Annual administration and progress report of the Indian Medical Department, Bombay
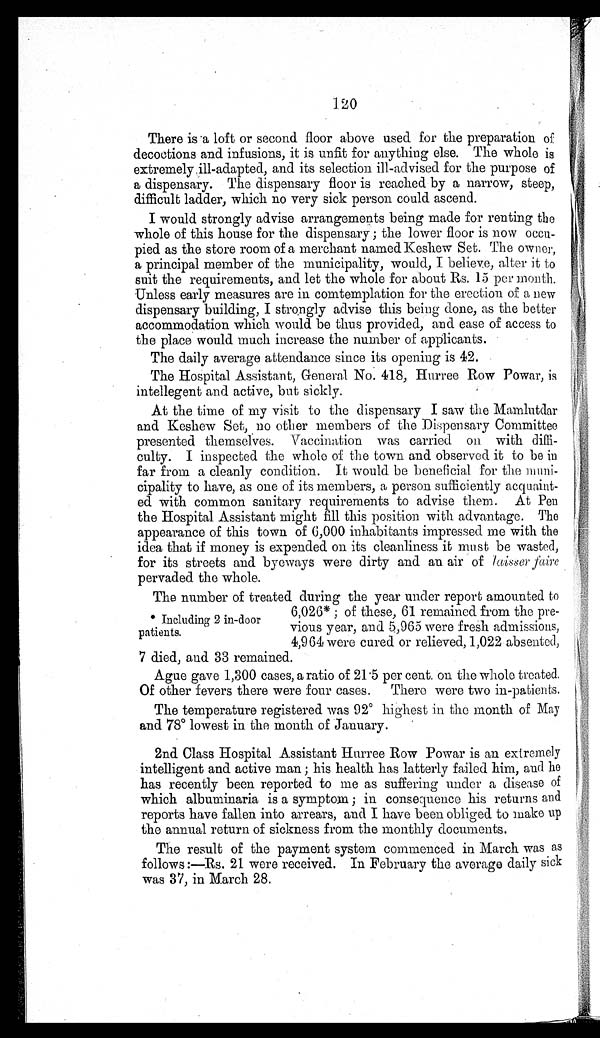
120
There is a loft or second floor above used for the preparation of
decoctions and infusions, it is unfit for anything else. The whole is
extremely ill-adapted, and its selection ill-advised for the purpose of
a dispensary. The dispensary floor is reached by a narrow, steep,
difficult ladder, which no very sick person could ascend.
I would strongly advise arrangements being made for renting the
whole of this house for the dispensary ; the lower floor is now occu-
pied as the store room of a merchant named Keshew Set. The owner,
a principal member of the municipality, would, I believe, alter it to
suit the requirements, and let the whole for about Rs. 15 per month.
Unless early measures are in contemplation for the erection of a new
dispensary building, I strongly advise this being done, as the better
accommodation which would be thus provided, and ease of access to
the place would much increase the number of applicants.
The daily average attendance since its opening is 42.
The Hospital Assistant, General No. 418, Hurree Row Powar, is
intellegent and active, but sickly.
At the time of my visit to the dispensary I saw the Mamlutdar
and Keshew Set, no other members of the Dispensary Committee
presented themselves. Vaccination was carried on with diffi-
culty. I inspected the whole of the town and observed it to be in
far from a cleanly condition. It would be beneficial for the muni-
cipality to have, as one of its members, a person sufficiently acquaint-
ed with common sanitary requirements to advise them. At Pen
the Hospital Assistant might fill this position with advantage. The
appearance of this town of 6,000 inhabitants impressed me with the
idea that if money is expended on its cleanliness it must be wasted,
for its streets and byeways were dirty and an air of laisser faire
pervaded the whole.
The number of treated during the year under report amounted to
* Including 2 in-door
patients.
6,026* ; of these, 61 remained from the pre-
vious year, and 5,965 were fresh admissions,
4,964 were cured or relieved, 1,022 absented,
7 died, and 33 remained.
Ague gave 1,300 cases, a ratio of 21.5 per cent. on the whole treated.
Of other fevers there were four cases. There were two in-patients.
The temperature registered was 92º highest in the month of May
and 78º lowest in the month of January.
2nd Class Hospital Assistant Hurree Row Powar is an extremely
intelligent and active man; his health has latterly failed him, and he
has recently been reported to me as suffering under a disease of
which albuminaria is a symptom ; in consequence his returns and
reports have fallen into arrears, and I have been obliged to make up
the annual return of sickness from the monthly documents.
The result of the payment system commenced in March was as
f ollows:—Rs. 21 were received. In February the average daily sick
was 37, in March 28.